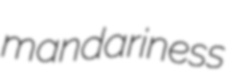
mandariness